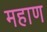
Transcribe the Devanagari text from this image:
महाण